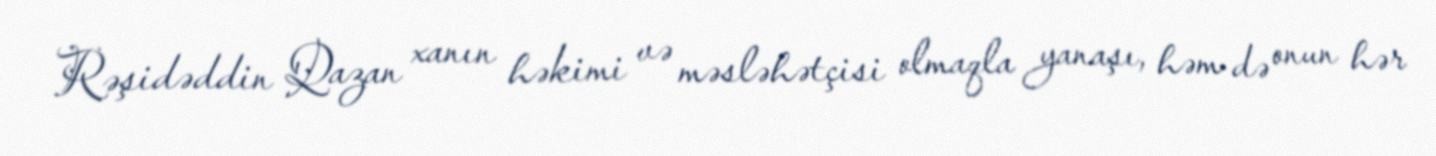
Rəşidəddin Qazan xanın həkimi və məsləhətçisi olmaqla yanaşı, həm də onun hər